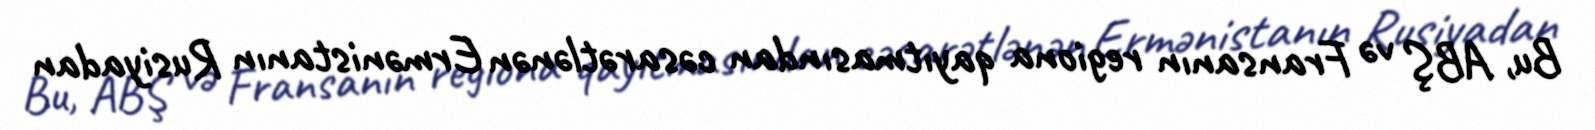
Bu, ABŞ və Fransanın regiona qayıtmasından cəsarətlənən Ermənistanın Rusiyadan